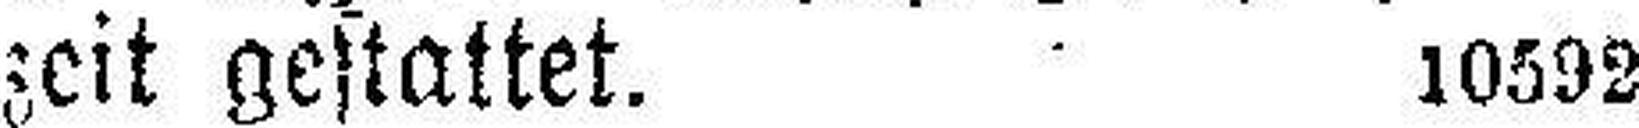
zeit gestattet. 10592